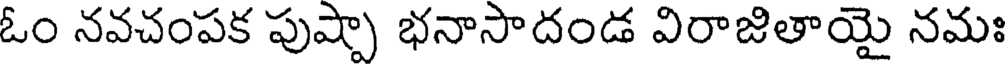
ఓం నవచంపక పుష్పా భనాసాదండ విరాజితాయై నమః